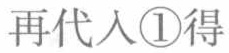
再代入\textcircled{1}得